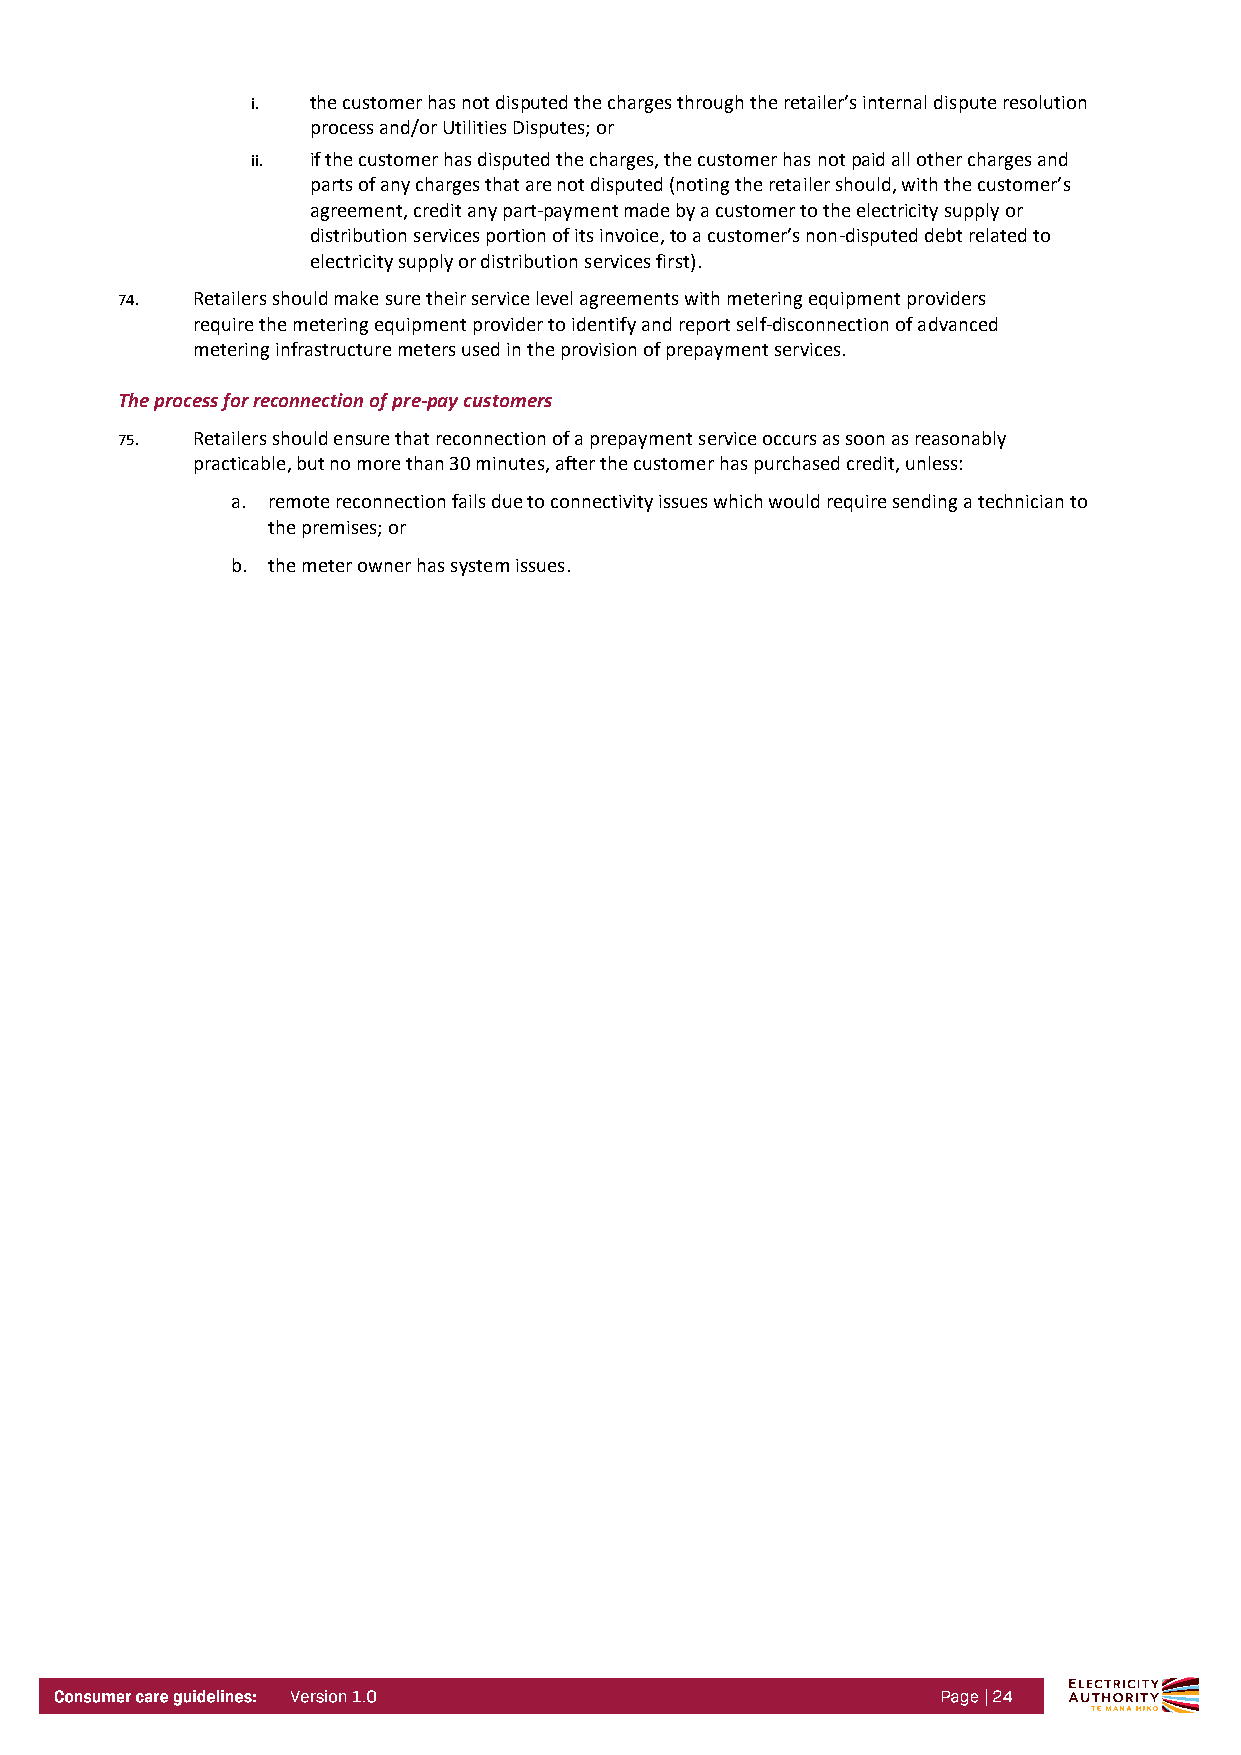
i.  the customer has not disputed the charges through the retailer’s internal dispute resolution
 process and/or Utilities Disputes; or
 ii. if the customer has disputed the charges, the customer has not paid all other charges and
 parts of any charges that are not disputed (noting the retailer should, with the customer’s
 agreement, credit any part-payment made by a customer to the electricity supply or
 distribution services portion of its invoice, to a customer’s non-disputed debt related to
 electricity supply or distribution services first).
 74.  Retailers should make sure their service level agreements with metering equipment providers
 require the metering equipment provider to identify and report self-disconnection of advanced
 metering infrastructure meters used in the provision of prepayment services.
 The process for reconnection of pre-pay customers
 75.  Retailers should ensure that reconnection of a prepayment service occurs as soon as reasonably
 practicable, but no more than 30 minutes, after the customer has purchased credit, unless:
 a. remote reconnection fails due to connectivity issues which would require sending a technician to
 the premises; or
 b. the meter owner has system issues.